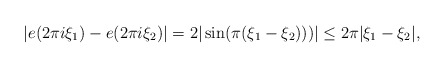
\begin{align*}| e(2\pi i \xi_1) -e(2 \pi i \xi_2)|=2|\sin(\pi(\xi_1-\xi_2)))|\leq 2\pi |\xi_1-\xi_2|,\end{align*}